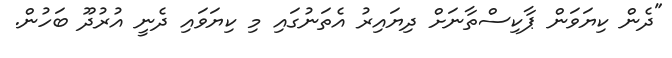
"ދެން ކިޔަވަން ޕާކިސްތާނަށް ދިޔައިރު އެތަނުގައި މި ކިޔަވައި ދެނީ އުރުދޫ ބަހުން.